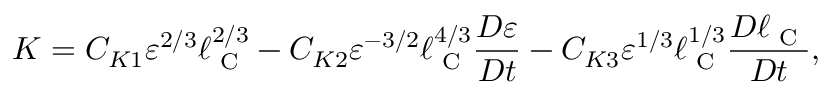
K = C _ { K 1 } \varepsilon ^ { 2 / 3 } \ell _ { \textrm { C } } ^ { 2 / 3 } - C _ { K 2 } \varepsilon ^ { - 3 / 2 } \ell _ { \textrm { C } } ^ { 4 / 3 } \frac { D \varepsilon } { D t } - C _ { K 3 } \varepsilon ^ { 1 / 3 } \ell _ { \textrm { C } } ^ { 1 / 3 } \frac { D \ell _ { \textrm { C } } } { D t } ,